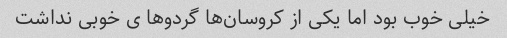
خیلى خوب بود اما یکى از کروسان‌ها گردوها ى خوبى نداشت